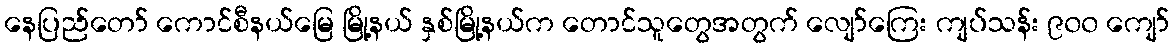
နေပြည်တော် ကောင်စီနယ်မြေ မြို့နယ် နှစ်မြို့နယ်က တောင်သူတွေအတွက် လျော်ကြေး ကျပ်သန်း ၉၀၀ ကျော်